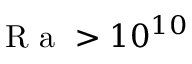
\mathrm { ~ R ~ a ~ } > 1 0 ^ { 1 0 }